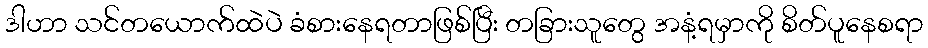
ဒါဟာ သင်တယောက်ထဲပဲ ခံစားနေရတာဖြစ်ပြီး တခြားသူတွေ အနံ့ရမှာကို စိတ်ပူနေစရာ